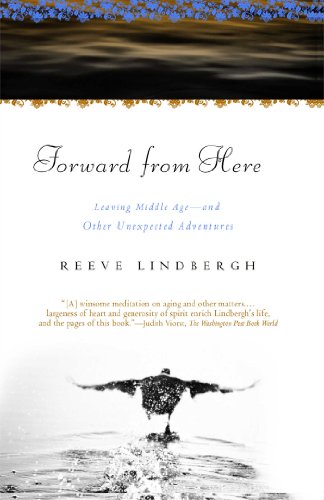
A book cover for Forward From Here: Leaving Middle Age--and Other Unexpected Adventures; Reeve Lindbergh; Self-Help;